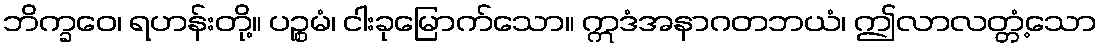
ဘိက္ခဝေ၊ ရဟန်းတို့။ ပဉ္စမံ၊ ငါးခုမြောက်သော။ ဣဒံအနာဂတဘယံ၊ ဤလာလတ္တံ့သော